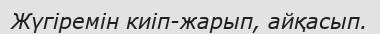
Жүгіремін киіп-жарып, айқасып.